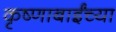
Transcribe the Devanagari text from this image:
कृष्णाबाईंच्या